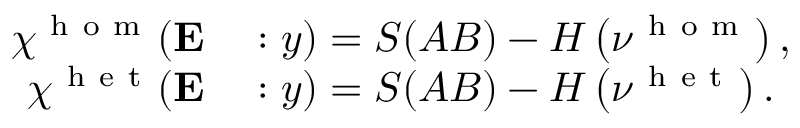
\begin{array} { r l } { \chi ^ { \mathrm { ~ h ~ o ~ m ~ } } ( \mathbf { E } } & { { } : y ) = S ( A B ) - H \left( \nu ^ { \mathrm { ~ h ~ o ~ m ~ } } \right) , } \\ { \chi ^ { \mathrm { ~ h ~ e ~ t ~ } } ( \mathbf { E } } & { { } : y ) = S ( A B ) - H \left( \nu ^ { \mathrm { ~ h ~ e ~ t ~ } } \right) . } \end{array}